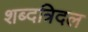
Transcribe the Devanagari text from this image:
शब्दत्रिदल